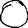
Digit: 0